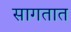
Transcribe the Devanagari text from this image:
सागतात